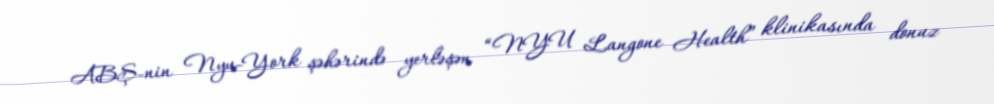
ABŞ-nin Nyu-York şəhərində yerləşən “NYU Langone Health” klinikasında donuz